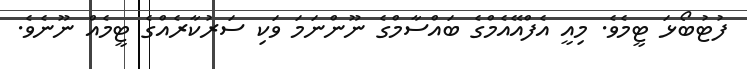
ފުޓުބޯޅަ ޓީމެވެ. މިއީ އެފްއޭއެމްގެ ބައްސާމްގެ ނޫންނަމަ ވަކި ސަރުކާރެއްގެ ޓީމެއް ނޫނެވެ.